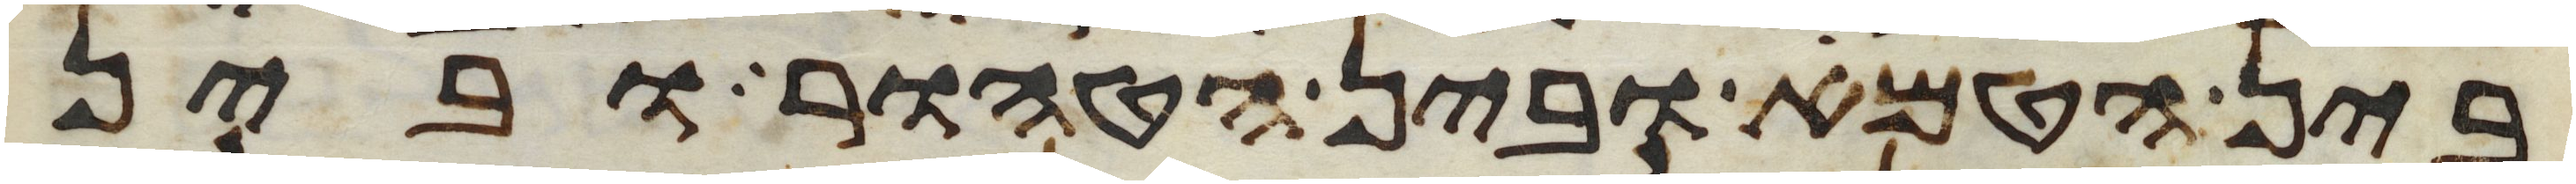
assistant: בין הטמא ובין הטהור ובין